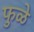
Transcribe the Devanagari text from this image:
फुळे